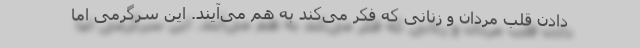
دادن قلب مردان و زنانی که فکر می‌کند به هم می‌آیند. این سرگرمی اما